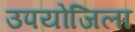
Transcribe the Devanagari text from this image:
उपयोजिला